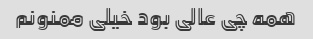
همه چی عالی بود خیلی ممنونم